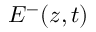
E ^ { - } ( z , t )